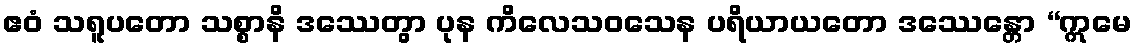
ဧဝံ သရူပတော သစ္စာနိ ဒဿေတွာ ပုန ကိလေသဝသေန ပရိယာယတော ဒဿေန္တော “ဣမေ